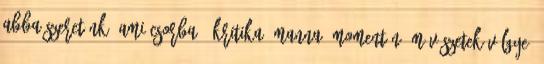
abba szeretünk, ami csorba”. kritika, manna, momentán, művészetek völgye,